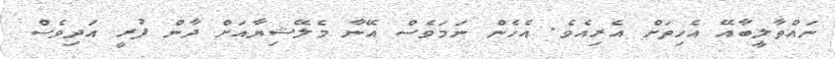
ނައްތާލީބާއޭ އެހިތަށް އެެރިއެވެ. އެހެން ނަމަވެސް އޭނާ މެލޭޝިޔާއަށް ދާން ފުރީ އަދިވެސް